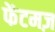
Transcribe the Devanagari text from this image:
फेंटमज़